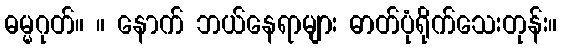
ဓမ္မဂုတ်။ ။ နောက် ဘယ်နေရာများ ဓာတ်ပုံရိုက်သေးတုန်း။